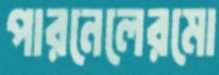
পারনেলেরমো